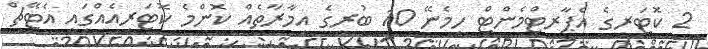
2 ކޮޓަރީގެ އެޕާރޓްމެންޓް ހިމެނޭ 10 ބުރީގެ އިމާރާތެއް ކޮންމެ ކޮޓަރިއެއްގައި އެޓޭޗް